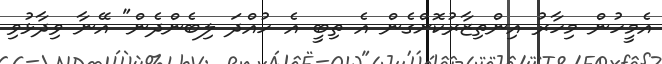
އެމީހުން މިހާރު އިންތިޒާރުކޮށްގެން އެ ތިބީ އެ ހުއްދަ ލިބެންދެން" އޭނާ ވިދާޅުވި